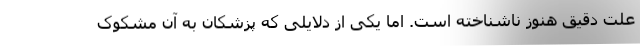
علت دقیق هنوز ناشناخته است. اما یکی از دلایلی که پزشکان به آن مشکوک